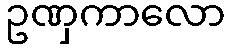
ဥဏှကာလော